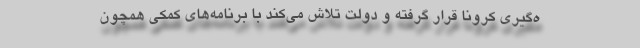
ه‌گیری کرونا قرار گرفته و دولت تلاش می‌کند با برنامه‌های کمکی همچون